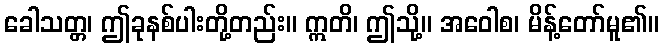
ခေါသတ္တ၊ ဤခုနစ်ပါးတို့တည်း။ ဣတိ၊ ဤသို့။ အဝေါစ၊ မိန့်တော်မူ၏။